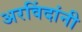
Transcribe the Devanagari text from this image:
अरविंदांनी